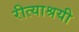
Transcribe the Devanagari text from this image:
रीत्याश्रयी